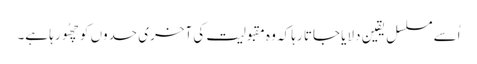
اُسے مسلسل یقین دلایا جاتا رہا کہ وہ مقبولیت کی آخری حدوں کو چھُو رہا ہے۔